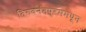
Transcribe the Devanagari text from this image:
तिरुवनंतपुरममधून